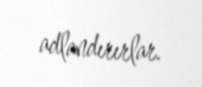
adlandırırlar.